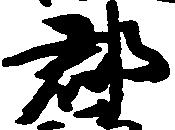
郡